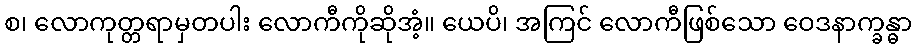
စ၊ လောကုတ္တရာမှတပါး လောကီကိုဆိုအံ့။ ယေပိ၊ အကြင် လောကီဖြစ်သော ဝေဒနာက္ခန္ဓာ